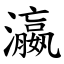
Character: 瀛